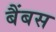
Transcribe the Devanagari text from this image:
बैंबस